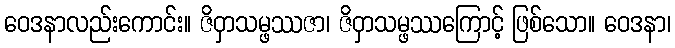
ဝေဒနာလည်းကောင်း။ ဇိဝှာသမ္ဖဿဇာ၊ ဇိဝှာသမ္ဖဿကြောင့် ဖြစ်သော။ ဝေဒနာ၊